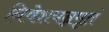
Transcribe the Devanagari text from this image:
निवेशयन्नमृतं